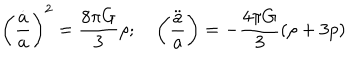
LaTeX: \left( \frac { \dot { a } } { a } \right) ^ { 2 } = \frac { 8 \pi G } { 3 } \rho ; \quad \left( \frac { \ddot { a } } { a } \right) = - \frac { 4 \pi G } { 3 } ( \rho + 3 p )